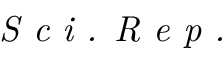
\textit { S c i . R e p . }